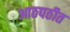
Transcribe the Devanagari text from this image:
आठपठीत